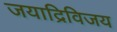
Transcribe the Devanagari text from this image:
जयाद्रिविजय